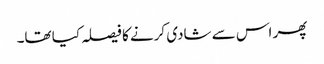
پھر اس سے شادی کرنے کا فیصلہ کیا تھا۔